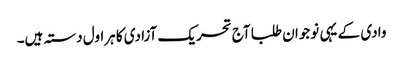
وادی کے یہی نوجوان طلبا آج تحریک آزادی کا ہراول دستہ ہیں۔